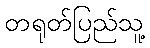
တရုတ်ပြည်သူ့